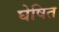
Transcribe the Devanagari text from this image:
घेषित